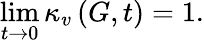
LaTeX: \operatorname*{lim}_{t\rightarrow 0}\kappa_{v}\left(G,t\right)=1.